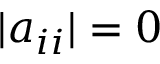
| a _ { i i } | = 0